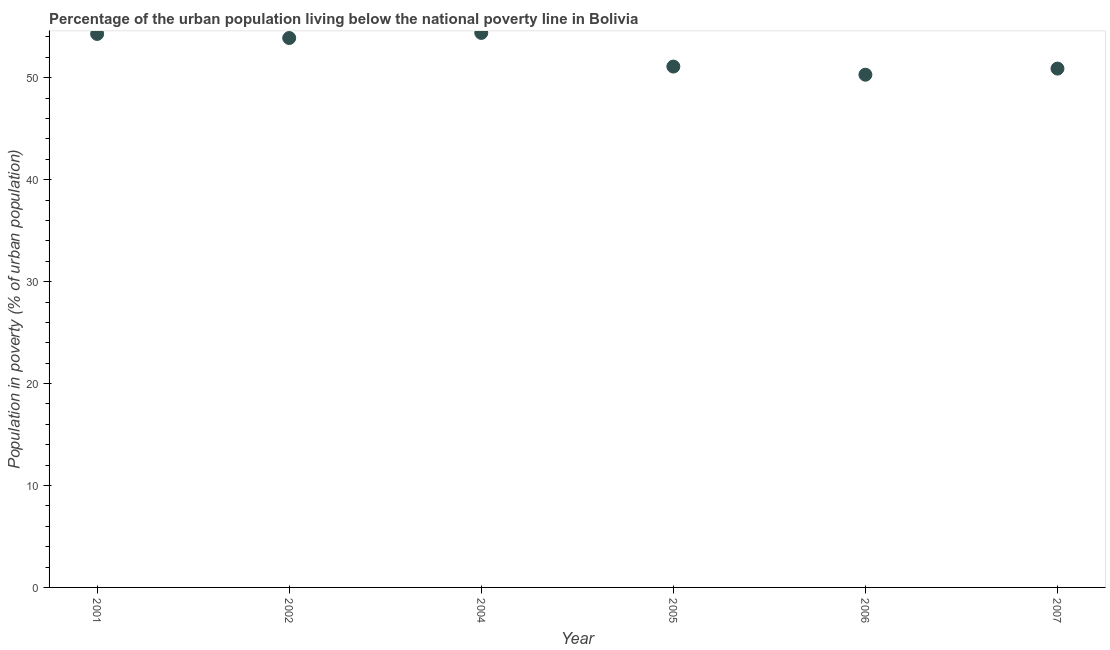
| Year | Urban poverty headcount ratio |
 | --- | --- |
 | 2001 | 54.3 |
 | 2002 | 53.9 |
 | 2004 | 54.4 |
 | 2005 | 51.1 |
 | 2006 | 50.3 |
 | 2007 | 50.9 |